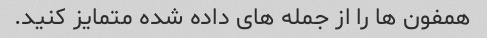
همفون ها را از جمله های داده شده متمایز کنید.